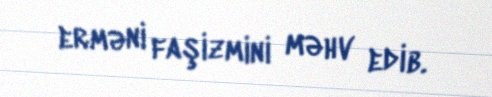
erməni faşizmini məhv edib.